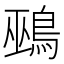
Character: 鵐